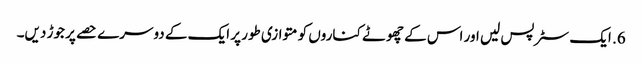
6. ایک سٹرپس لیں اور اس کے چھوٹے کناروں کو متوازی طور پر ایک کے دوسرے حصے پر جوڑ دیں۔